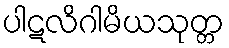
ပါဋလိဂါမိယသုတ္တ